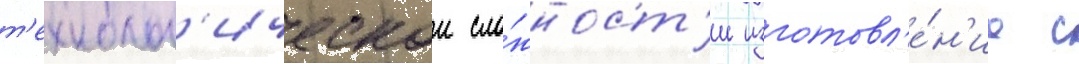
т'ехнолог'ическои сло́жност'и изготовл'е́н'иа с